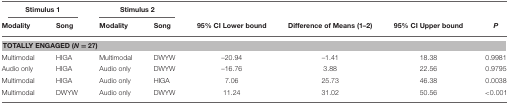
| <COLSPAN=2> Stimulus 1 | <COLSPAN=2> Stimulus 2 | <COLSPAN=4>  |
 | Modality | Song | Modality | Song | 95% CI Lower bound | Difference of Means (1–2) | 95% CI Upper bound | P |
 | --- | --- | --- | --- | --- | --- | --- | --- |
 | <COLSPAN=8> TOTALLY ENGAGED (N = 27) |
 | Multimodal | HIGA | Multimodal | DWYW | –20.94 | –1.41 | 18.38 | 0.9981 |
 | Audio only | HIGA | Audio only | DWYW | –16.76 | 3.88 | 22.56 | 0.9795 |
 | Multimodal | HIGA | Audio only | HIGA | 7.06 | 25.73 | 46.38 | 0.0038 |
 | Multimodal | DWYW | Audio only | DWYW | 11.24 | 31.02 | 50.56 | <0.001 |